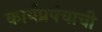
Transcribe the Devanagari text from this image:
कार्यप्रपंचाची